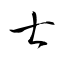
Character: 士